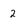
Character: 2